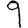
Digit: 9